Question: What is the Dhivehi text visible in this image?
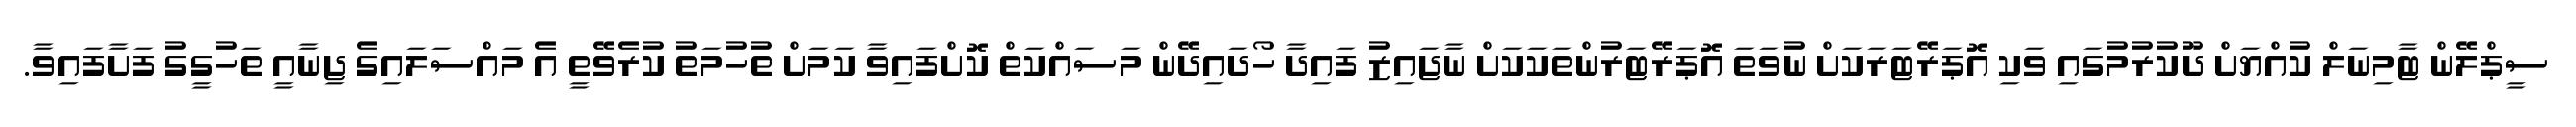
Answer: ސީޕްލޭން ޓާމިނަލް ކުއްޔަށް ދޫކުރުމުގައި ވަކި އޮޕަރޭޓަރަކަށް ނުވަތަ އޮޕަރޭޓަރުންތަކަކަށް ނާޖައިޒު ފައިދާ ހޯދައިދޭން މަސައްކަތް ކޮށްފައިވާ ކަމަށް ތުހުމަތު ކުރެވޭތީ އެ މައްސަލައިގެ ޖިނާއީ ތަހުގީގު ފަށާފައިވާ.